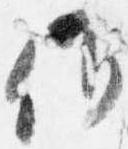
候